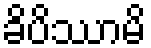
ခိပိဿာမိ